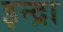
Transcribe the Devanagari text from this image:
इन्द्रा